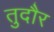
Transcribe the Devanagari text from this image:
तुदौर